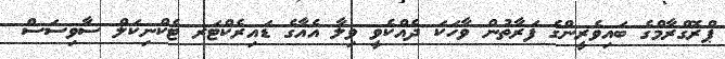
ޕްރޮގްރާމްގެ ބައިވެރީންގެ ފަރާތުން ވާހަކަ ދެއްކެވީ ވިލާ އެއާގެ ޑައިރެކްޓަރ ޓެކްނިކަލް ސާވިސަސް